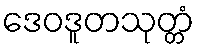
ဒေဝဒူတသုတ္တံ